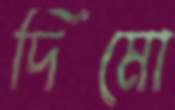
দিমো